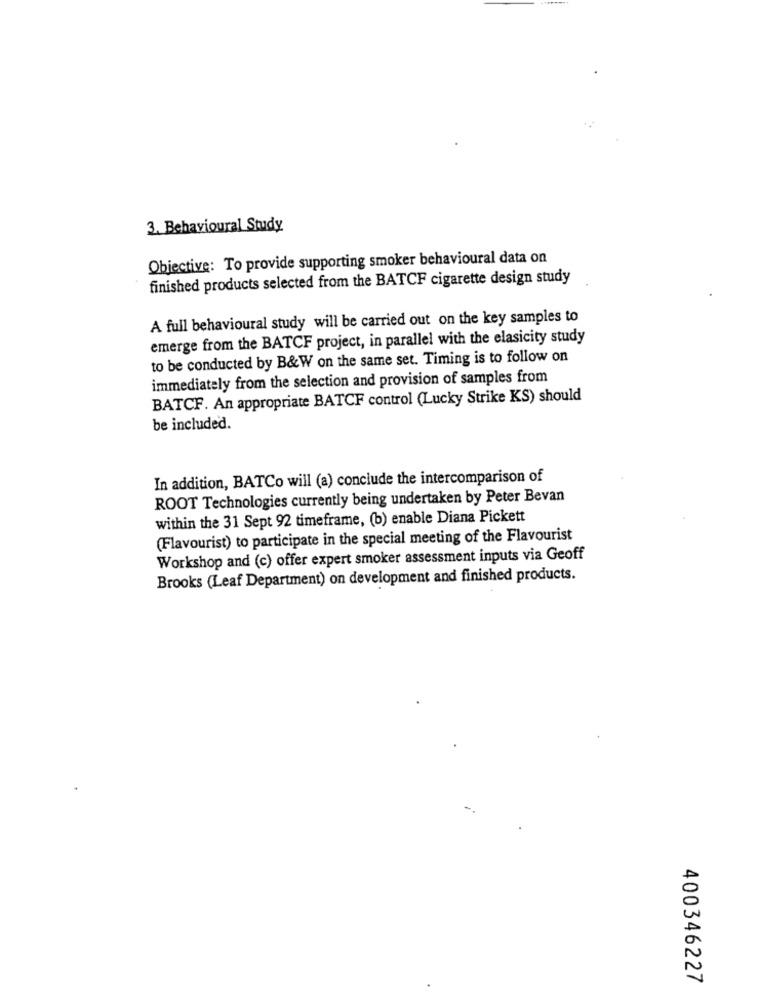
3. Behavioural Study
Objective: To provide supporting smoker behavioural data on
finished products selected from the BATCF cigarette design study
A full behavioural study will be carried out on the key samples to
emerge from the BATCF project, in parallel with the elasicity study
to be conducted by B&W on the same set. Timing is to follow on
immediately from the selection and provision of samples from
BATCF. An appropriate BATCF control (Lucky Strike KS) should
be included.
In addition, BATCo will (a) conclude the intercomparison of
ROOT Technologies currently being undertaken by Peter Bevan
within the 31 Sept 92 timeframe, (b) enable Diana Pickett
(Flavourist) to participate in the special meeting of the Flavourist
Workshop and (c) offer expert smoker assessment inputs via Geoff
Brooks (Leaf Department) on development and finished products.
400346227